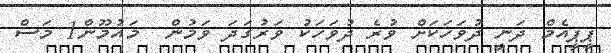
ޕީޕީއެމް ދަނީ ދުވަހަކަށް ވުރެ ދުވަހަކު ވަރުގަދަ ވަމުން  މައުމޫން1 މަސް